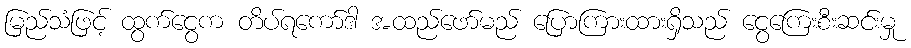
မြည်သံဖြင့် ထွက်ငွေက တိပ်ရကော်ဒါ အထည်ဖော်မည် ပြောကြားထားရှိသည် ငွေကြေးစီးဆင်းမှု